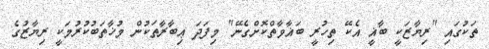
ތަކުގައި "ރިޔާޒަކީ ބާޣީ އެކޭ ތިހުރީ ބަޣާވާތްކޮށްގެނޭ" މިފަދަ ޢިބާރާތަކުން މުޚާތަބުކުރުމަކީ ރިޔާޒުގެ